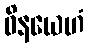
ဝိနယေဟံ